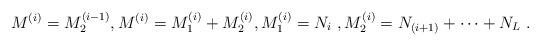
LaTeX: \begin{align*} M^{(i)} = M^{(i-1)}_2 ,M^{(i)}= M^{(i)}_1 + M^{(i)}_2, M^{(i)}_1 = N_i~, M^{(i)}_2 = N_{(i+1)} + \dots + N_L~. \end{align*}